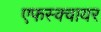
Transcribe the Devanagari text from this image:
एफस्क्वायर